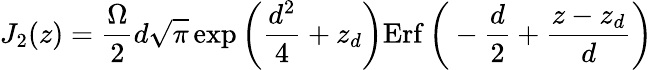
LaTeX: J_{2}(z)=\frac{\Omega}{2}d\sqrt{\pi}\exp{\bigg(\frac{d^{2}}{4}+z_{d}\bigg)}\mathrm{Erf}\, {\bigg(-\frac{d}{2}+\frac{z-z_{d}}{d}\bigg)}